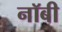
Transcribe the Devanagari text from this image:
नॉबी